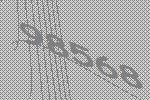
98568